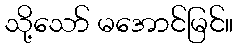
သို့သော် မအောင်မြင်။